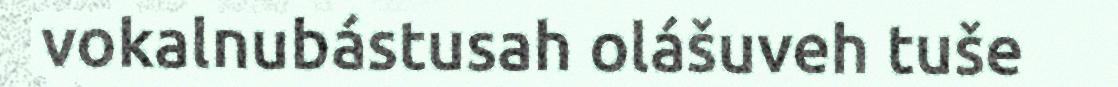
vokalnubástusah olášuveh tuše